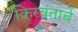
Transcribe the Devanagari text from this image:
किरवंताचे